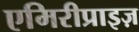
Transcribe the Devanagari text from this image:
एमिरीप्राइज़